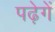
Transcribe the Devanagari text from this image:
पढ़ेगें